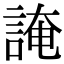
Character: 䛳